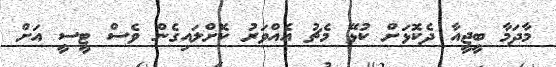
މާދަމާ ބީޖީއާ ދެކޮޅަށް ކުޅޭ މެޗު އެއްވަރު ކޮށްލައިގެން ވެސް ޓީސީ އަށް